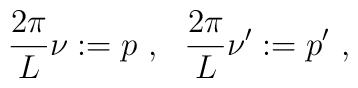
\frac{2\pi}{L} \nu := p \ , \ \ \frac{2\pi}{L} \nu' :=p' \ ,